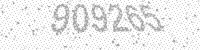
Solution: 909265